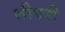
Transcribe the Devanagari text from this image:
लीपटी